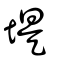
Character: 𡐾